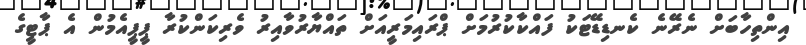
އިންތިހާބަށް ނެރޭނެ ކެނޑިޑޭޓަކު ފައްކާކުރުމަށް ޕްރައިމަރީއަށް ތައްޔާރުވާއިރު ވެރިކަންކުރާ ޕީޕީއެމުން އެ ޕާޓީގެ